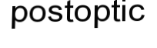
postoptic